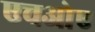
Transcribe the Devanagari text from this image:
एचओए